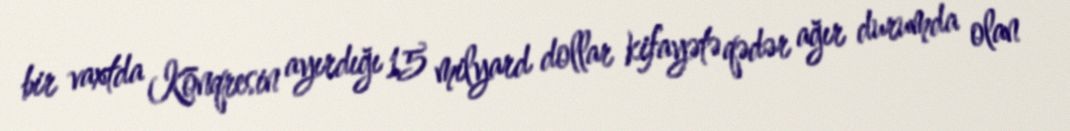
bir vaxtda Konqresin ayırdığı 15 milyard dollar kifayətə qədər ağır durumda olan